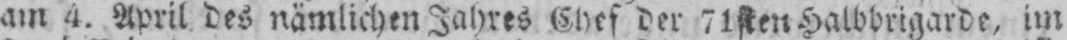
am 4. April des nämlichen Jahres Chef der 71sten Halbbrigarde, im